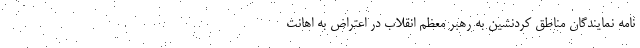
نامه ‌نمایندگان مناطق کردنشین به رهبر معظم انقلاب در اعتراض به اهانت